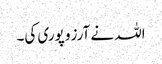
اللہ نے آرزو پوری کی۔